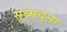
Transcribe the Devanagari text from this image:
सुब्मचुलर